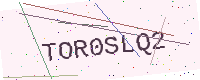
Text: TOR0SLQ2